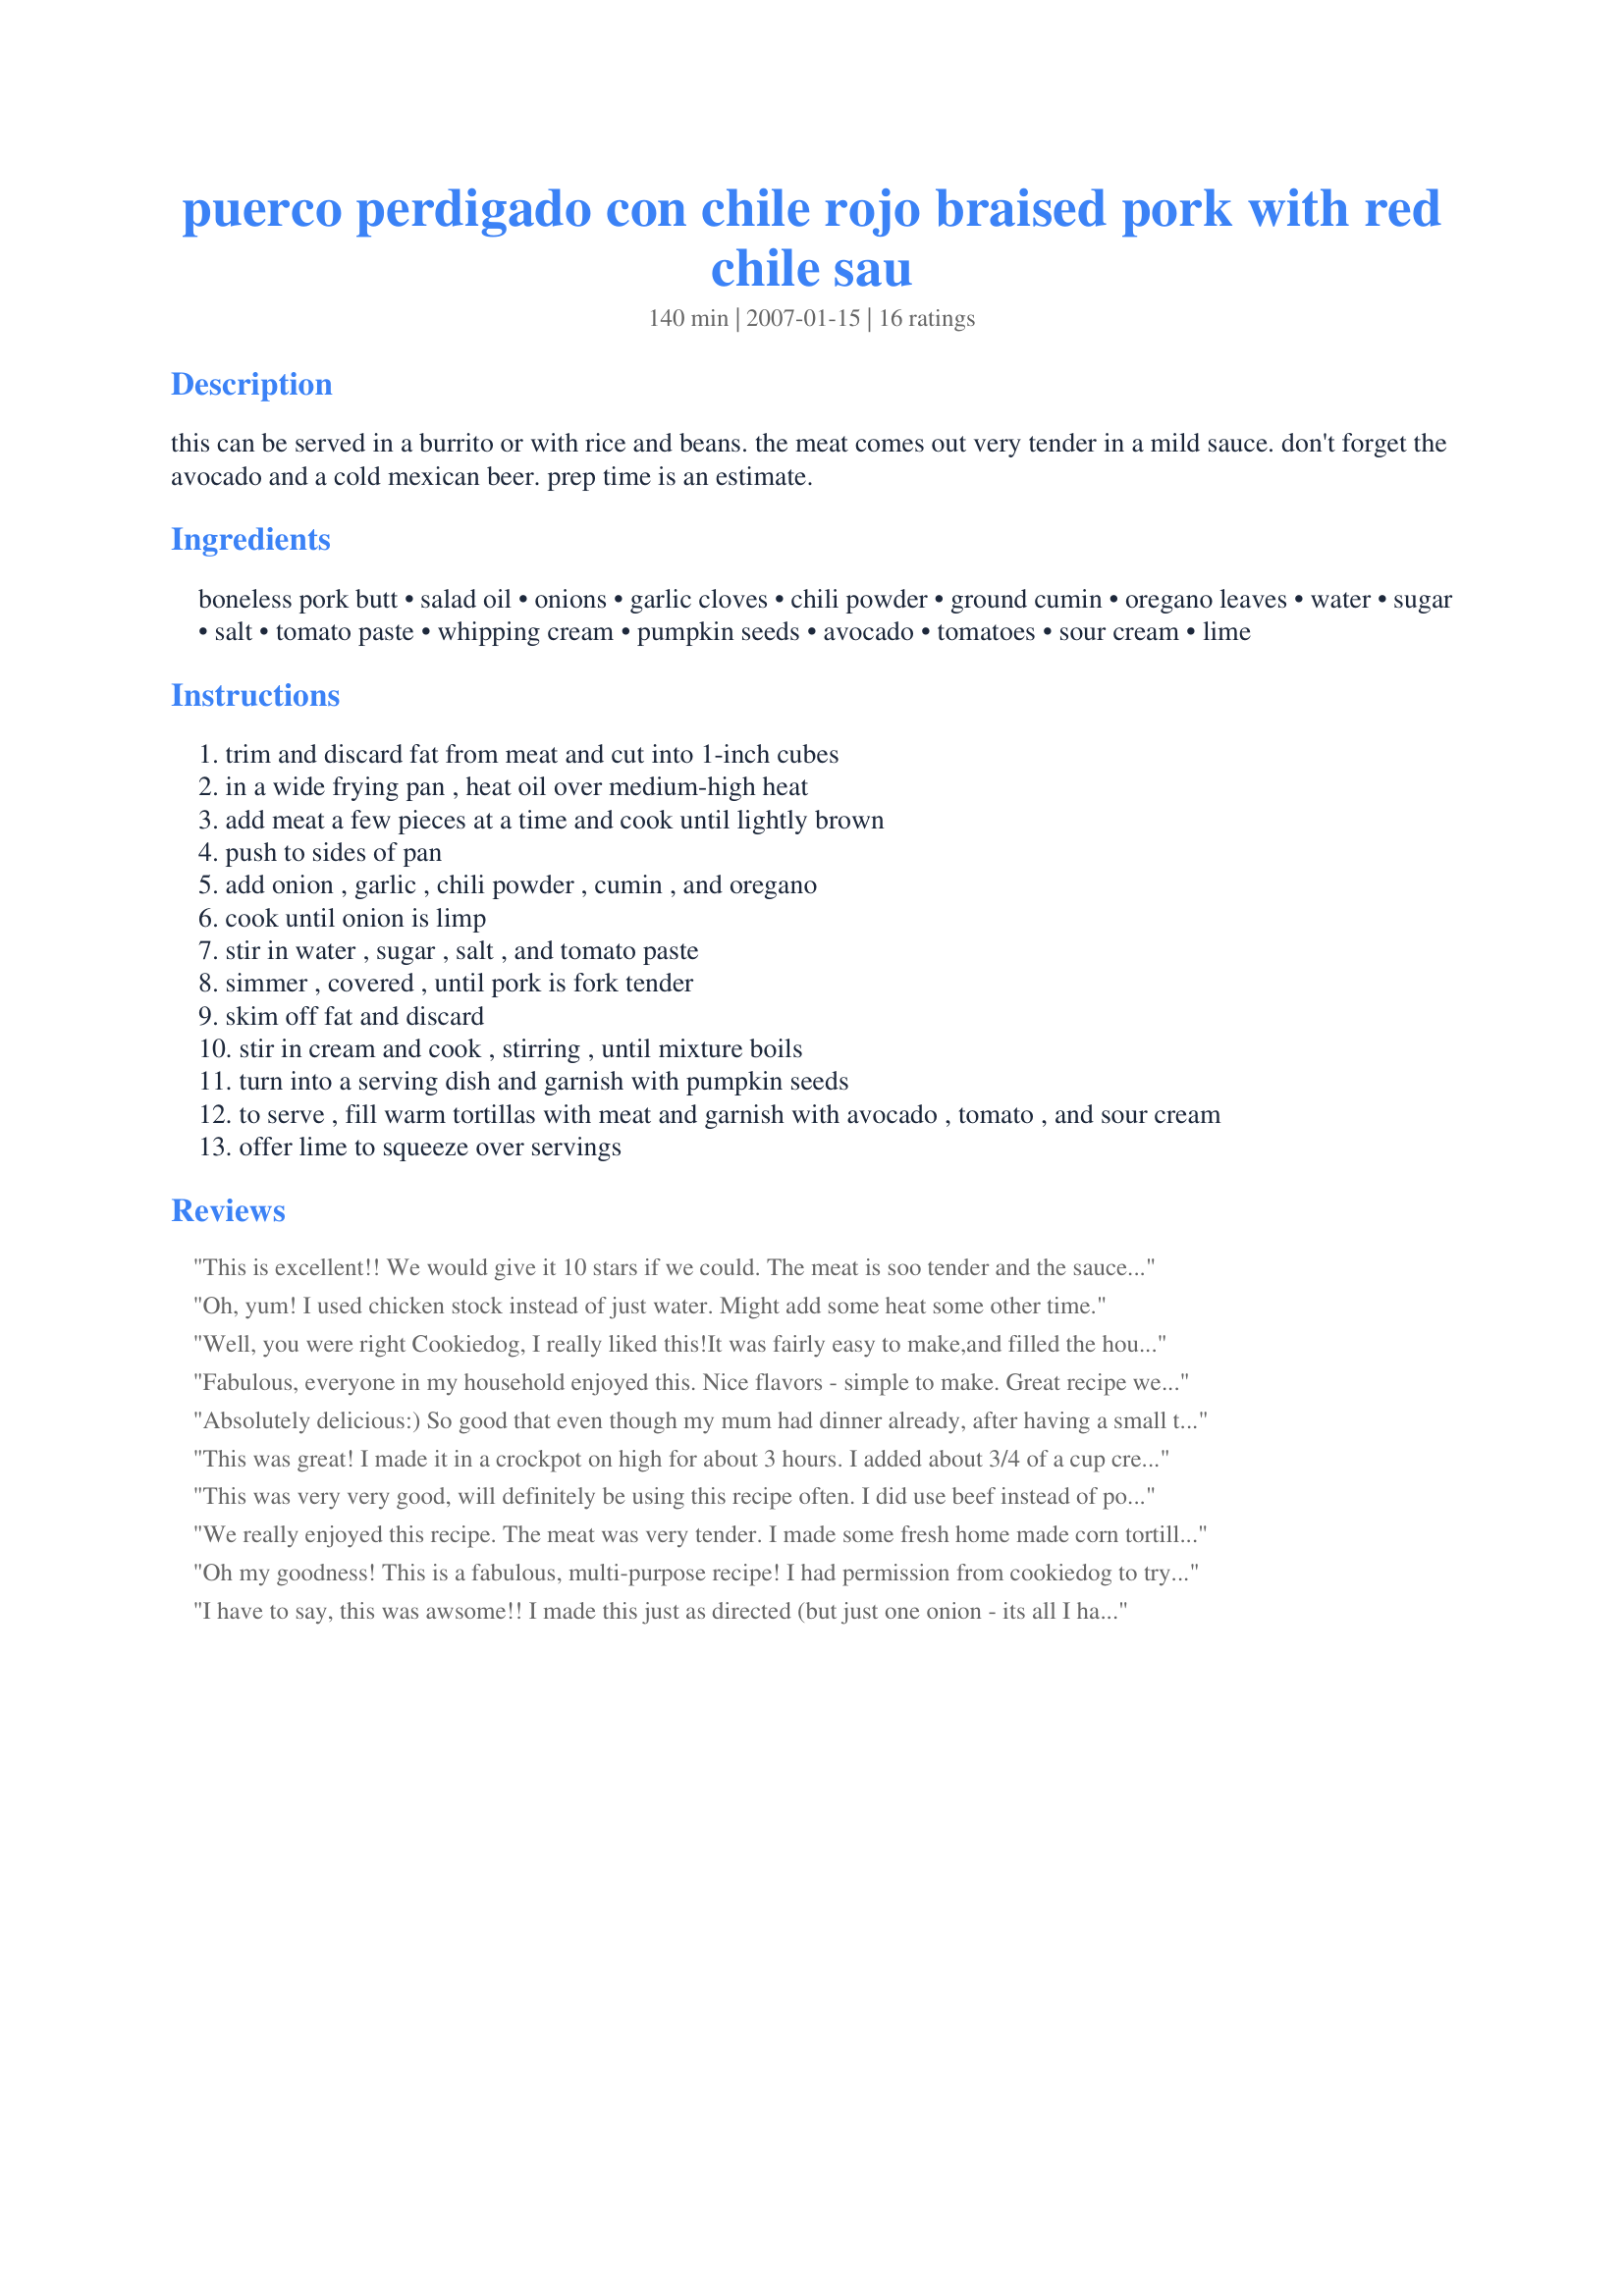
puerco perdigado con chile rojo braised pork with red chile sau
Preparation time: 140 minutes

this can be served in a burrito or with rice and beans. the meat comes out very tender in a mild sauce. don't forget the avocado and a cold mexican beer. prep time is an estimate.

Ingredients:
boneless pork butt, salad oil, onions, garlic cloves, chili powder, ground cumin, oregano leaves, water, sugar, salt, tomato paste, whipping cream, pumpkin seeds, avocado, tomatoes, sour cream, lime

Steps:
trim and discard fat from meat and cut into 1-inch cubes
in a wide frying pan , heat oil over medium-high heat
add meat a few pieces at a time and cook until lightly brown
push to sides of pan
add onion , garlic , chili powder , cumin , and oregano
cook until onion is limp
stir in water , sugar , salt , and tomato paste
simmer , covered , until pork is fork tender
skim off fat and discard
stir in cream and cook , stirring , until mixture boils
turn into a serving dish and garnish with pumpkin seeds
to serve , fill warm tortillas with meat and garnish with avocado , tomato , and sour cream
offer lime to squeeze over servings

Reviews:
This is excellent!! We would give it 10 stars if we could. The meat is soo tender and the sauce such great flavor. Served it with Recipe #206911 and fresh corn tortillas.
Oh, yum! I used chicken stock instead of just water. Might add some heat some other time.
Well, you were right Cookiedog, I really liked this!It was fairly easy to make,and filled the house with the most wonderful smells while it was cooking.I made it exactly to the recipe,but at the last minute I realized that I had forgotten the pumpkin seeds for garnish.But, that's okay because it was still great, and that gives me an excuse to make it again,I have to try it with the pumpkin seeds because I love them!
Fabulous, everyone in my household enjoyed this. Nice flavors - simple to make. Great recipe we will enjoy making again. Thanks Cookie!!
Absolutely delicious:) So good that even though my mum had dinner already, after having a small taste of the pork she asked for a serving for herself! The rest of my family gobbled it up in no time:) I served this with flour tortillas, refried beans, cheddar cheese, fresh tomato, guacamole, sour cream and lime wedges. I had to use chili flakes instead of powder, turned out well though as it made the sauce look pretty:)
This was great! I made it in a crockpot on high for about 3 hours. I added about 3/4 of a cup cream in the last 10 min and then some arrowroot for a thicker consistency. I also had double concentrated tomato pasteI served this with all the fixens, except pumpkin seeds, mexican rice and beans. This was easy and flavorful!
This was very very good, will definitely be using this recipe often. I did use beef instead of pork. Next time I'd like to try this in the crock pot as well. Thanks!
We really enjoyed this recipe. The meat was very tender. I made some fresh home made corn tortillas and before I knew it, my husband and daughter were in the kitchen over the pan and eating it right out of the pan with warm tortillas! I didn't even bother to set the table for dinner! Thanks so much for this recipe. This is exactly the type of food we like!
Oh my goodness! This is a fabulous, multi-purpose recipe! I had permission from cookiedog to try this in the crockpot so that's exactly what I did. I cut a 3 lb pork shoulder (removing most of the fat) into bite-sized pieces. I then mixed all of the other ingredients, minus the whipping cream, in a large bowl. I put the pork into a 4 quart crockpot and topped it with the sauce. After mixing well, I set my crockpot on Low for 5 1/2 hours and added the whipping cream in the last 10 minutes of cooking. I served this to my roommate tonight with white rice, a side of guacamole, some pico de gallo and Trader Joe's Homemade Tortillas. We were cleaning our plates with the tortillas to get every little bit of the sauce! :D I'm taking the leftovers for lunch tomorrow with some rice to make into a taco. I'll top it with a few slices of avocado and my mom's salsa. Yum-O! BTW, this would also be awesome served alone with refried beans and spanish rice. Thanks so much for posting, cookiedog. Another fantastic recipe! :)
I have to say, this was awsome!! I made this just as directed (but just one onion - its all I had) and I used fat free half & half (again, all I had) and it had so much flavor and the pork was melt in your mouth tender! I served this with cheddar cheese, sour cream and tortillas, along with Recipe #183483 and mexicn rice to guest we had over to watch a fight, and this dish with the hit of the night! I'll definitely be making this again, but I'll be doubling the recipe next time! Thank you for a keeper!
Easy and very tasty. The only thing I would change the next time for me personally is to lesson the chili powder to 3-4 teapsoons. It was a bit too strong and overwhelmed the rest of the spices. Other than that, it is delicious. Thanks Cookiedog.
Great recipe! The meat was very tender and the sauce had great flavor. I skipped the cream and used 5 tsp. chili powder and 1 tsp. ancho chili powder. I do think that next time I will add some chiles to heat it up some, but I will certainly make this again (and again...)!
Delicious - tender and flavourful. I served this in Burritos with refried beans, cheddar cheese, fresh tomato, steamed broccoli and fried peppers. It was a hit with my whole family!
Cookiedog, This recipe is fantastic. It was easy to make and made my house smell so good. My family loves mexican food and this was a great new way of making pork. I also made this with beef. I cut down the chili powder down just a little. Thank you for a wonderful recipe. This is a definate keep sake in my recipe book
Very nice. Easy with good flavor. I used pork shoulder and the lower amount of chili powder. Next time I would use the higher amount for a little more of a kick. I also added a cup of mushrooms just cause they needed using and that was good. I tried it with the avocado and will try pumpkin seeds and sour cream with the leftovers. Thanks for sharing.
Made this to cure the craving for rich Mexican food. It wasn't too spicy, as our 4, 7 and 8 year old loved it. But it had a very deep, rich flavor. Was great with white rice, tortillas and home made salsa Verde. My brother is getting into town tonight, and where he lives now doesn't have the best Mexican food, so Ill be making it again for him this evening. <br/><br/>I did not have any tomato pasted, so I subbed in 2 times as much tomato sauce. Worked like a charm!
